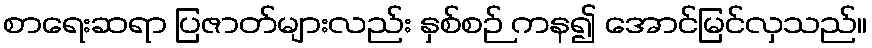
စာရေးဆရာ ပြဇာတ်များလည်း နှစ်စဉ် ကန၍ အောင်မြင်လှသည်။